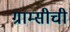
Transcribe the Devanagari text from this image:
ग्राम्सीची